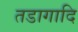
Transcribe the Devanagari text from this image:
तडागादि